Indian journal of veterinary science and animal husbandry - Volume 14,
Year: 1944
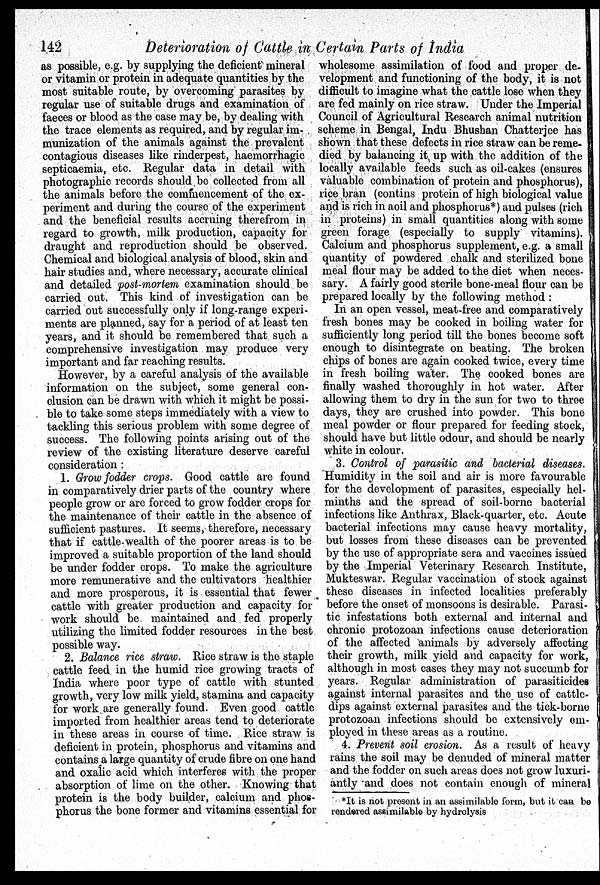
142
Deterioration of Cattle in Certain Parts of India
as possible, e.g. by supplying the deficient mineral
or vitamin or protein in adequate quantities by the
most suitable route, by overcoming parasites by
regular use of suitable drugs and examination of
faeces or blood as the case may be, by dealing with
the trace elements as required, and by regular im-
munization of the animals against the prevalent
contagious diseases like rinderpest, haemorrhagic
septicaemia, etc. Regular data in detail with
photographic records should be collected from all
the animals before the commencement of the ex-
periment and during the course of the experiment
and the beneficial results accruing therefrom in
regard to growth, milk production, capacity for
draught and reproduction should be observed.
Chemical and biological analysis of blood, skin and
hair studies and, where necessary, accurate clinical
and detailed post-mortem examination should be
carried out. This kind of investigation can be
carried out successfully only if long-range experi-
ments are planned, say for a period of at least ten
years, and it should be remembered that such a
comprehensive investigation may produce very
important and far reaching results.
However, by a careful analysis of the available
information on the subject, some general con-
clusion can be drawn with which it might be possi-
ble to take some steps immediately with a view to
tackling this serious problem with some degree of
success. The following points arising out of the
review of the existing literature deserve careful
consideration:
1. Grow fodder crops. Good cattle are found
in comparatively drier parts of the country where
people grow or are forced to grow fodder crops for
the maintenance of their cattle in the absence of
sufficient pastures. It seems, therefore, necessary
that if cattle-wealth of the poorer areas is to be
improved a suitable proportion of the land should
be under fodder crops. To make the agriculture
more remunerative and the cultivators healthier
and more prosperous, it is essential that fewer
cattle with greater production and capacity for
work should be maintained and fed properly
utilizing the limited fodder resources in the best
possible way.
2. Balance rice straw. Rice straw is the staple
cattle feed in the humid rice growing tracts of
India where poor type of cattle with stunted
growth, very low milk yield, stamina and capacity
for work are generally found. Even good cattle
imported from healthier areas tend to deteriorate
in these areas in course of time. Rice straw is
deficient in protein, phosphorus and vitamins and
contains a large quantity of crude fibre on one hand
and oxalic acid which interferes with the proper
absorption of lime on the other. Knowing that
protein is the body builder, calcium and phos-
phorus the bone former and vitamins essential for
wholesome assimilation of food and proper de-
velopment and functioning of the body, it is not
difficult to imagine what the cattle lose when they
are fed mainly on rice straw. Under the Imperial
Council of Agricultural Research animal nutrition
scheme in Bengal, Indu Bhushan Chatterjee has
shown that these defects in rice straw can be reme-
died by balancing it up with the addition of the
locally available feeds such as oil-cakes (ensures
valuable combination of protein and phosphorus),
rice bran (contins protein of high biological value
and is rich in aoil and phosphorus*) and pulses (rich
in proteins) in small quantities along with some
green forage (especially to supply vitamins).
Calcium and phosphorus supplement, e.g. a small
quantity of powdered chalk and sterilized bone
meal flour may be added to the diet when neces-
sary. A fairly good sterile bone-meal flour can be
prepared locally by the following method:
In an open vessel, meat-free and comparatively
fresh bones may be cooked in boiling water for
sufficiently long period till the bones become soft
enough to disintegrate on beating. The broken
chips of bones are again cooked twice, every time
in fresh boiling water. The cooked bones are
finally washed thoroughly in hot water. After
allowing them to dry in the sun for two to three
days, they are crushed into powder. This bone
meal powder or flour prepared for feeding stock,
should have but little odour, and should be nearly
white in colour.
3. Control of parasitic and bacterial diseases.
Humidity in the soil and air is more favourable
for the development of parasites, especially hel-
minths and the spread of soil-borne bacterial
infections like Anthrax, Black-quarter, etc. Acute
bacterial infections may cause heavy mortality,
but losses from these diseases can be prevented
by the use of appropriate sera and vaccines issued
by the Imperial Veterinary Research Institute,
Mukteswar. Regular vaccination of stock against
these diseases in infected localities preferably
before the onset of monsoons is desirable. Parasi-
tic infestations both external and internal and
chronic protozoan infections cause deterioration
of the affected animals by adversely affecting
their growth, milk yield and capacity for work,
although in most cases they may not succumb for
years. Regular administration of parasiticides
against internal parasites and the use of cattle-
dips against external parasites and the tick-borne
protozoan infections should be extensively em-
ployed in these areas as a routine.
4. Prevent soil erosion. As a result of heavy
rains the soil may be denuded of mineral matter
and the fodder on such areas does not grow luxuri-
antly and does not contain enough of mineral
*It is not present in an assimilable form, but it can be
rendered assimilable by hydrolysis